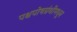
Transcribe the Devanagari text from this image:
पश्चपोषग्रंथीमधून